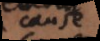
cause